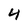
Character: 4